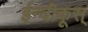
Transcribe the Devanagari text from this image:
ईन्दीकूस्